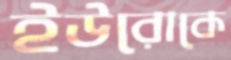
ইউরোকে